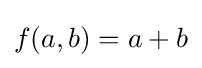
f(a,b)=a+b